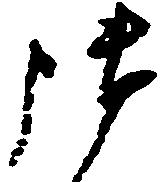
御